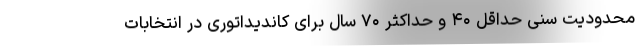
محدودیت سنی حداقل ۴۰ و حداکثر ۷۰ سال برای کاندیداتوری در انتخابات